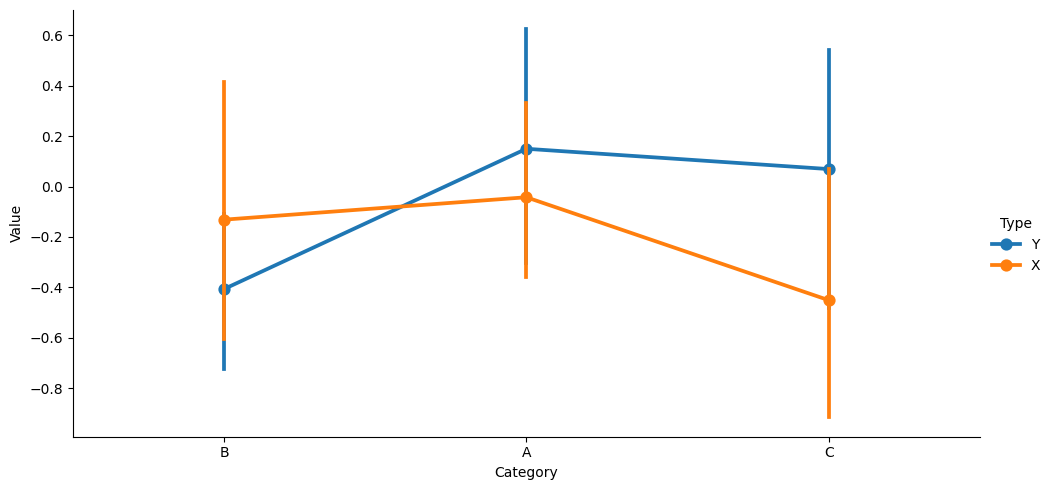
python, seaborn, catplot, kind='point', height=5, aspect=2